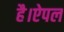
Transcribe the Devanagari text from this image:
है।ऐपल